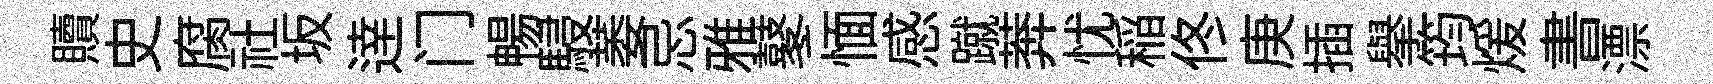
贖史腐社坂逹门暢駸萎忌雅鼕愐感蹴莾忧稲佟庚插舉筠煖書漂